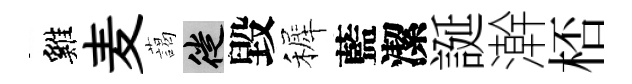
雞麦藹徙毀裤藍潔誕澣桮